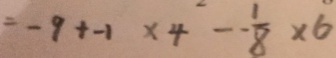
= - 9 + - 1 \times 4 - - \frac { 1 } { 8 } \times 6